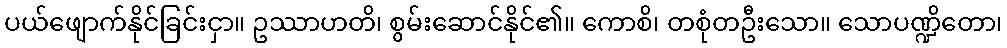
ပယ်ဖျောက်နိုင်ခြင်းငှာ။ ဥဿာဟတိ၊ စွမ်းဆောင်နိုင်၏။ ကောစိ၊ တစုံတဦးသော။ သောပဏ္ဍိတော၊